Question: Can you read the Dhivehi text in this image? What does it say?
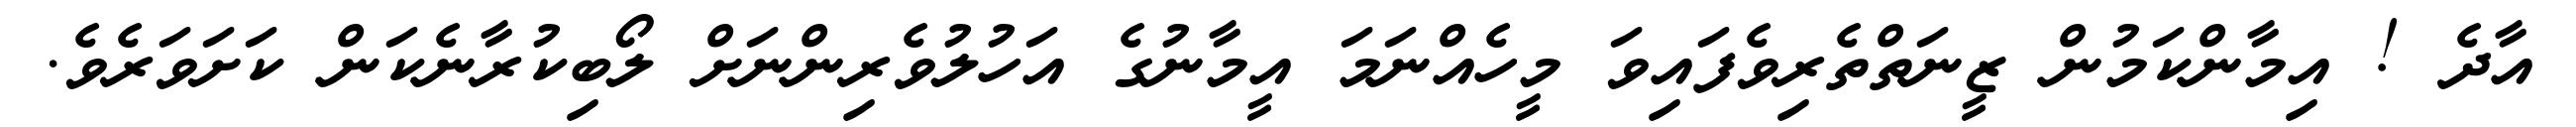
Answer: އާދެ ! އިމާންކަމުން ޒީނަތްތެރިވެފައިވަ މީހެއްނަމަ އީމާނުގެ އަހުލުވެރިންނަށް ލޯބިކުރާނެކަން ކަށަވަރެވެ.